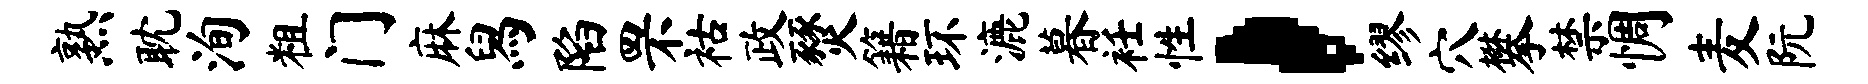
熟耽洵粗门麻舄陷罘祜政燹籍环漉暮衽性，缪穴攀禁惆麦阮